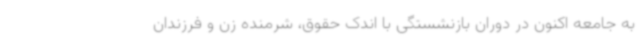
به جامعه اکنون در دوران بازنشستگی با اندک حقوق، شرمنده زن و فرزندان